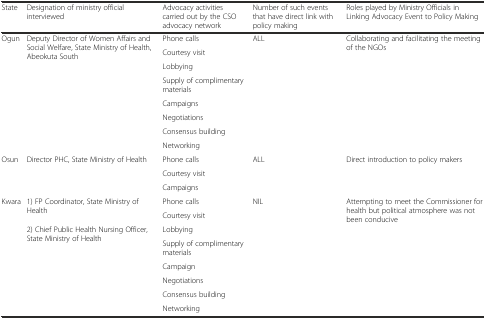
| State | Designation of ministry official interviewed | Advocacy activities carried out by the CSO advocacy network | Number of such events that have direct link with policy making | Roles played by Ministry Officials in Linking Advocacy Event to Policy Making |
 | --- | --- | --- | --- | --- |
 | <ROWSPAN=8> Ogun | <ROWSPAN=8> Deputy Director of Women Affairs and Social Welfare, State Ministry of Health, Abeokuta South | Phone calls | <ROWSPAN=8> ALL | <ROWSPAN=8> Collaborating and facilitating the meeting of the NGOs |
 | Courtesy visit |
 | Lobbying |
 | Supply of complimentary materials |
 | Campaigns |
 | Negotiations |
 | Consensus building |
 | Networking |
 | <ROWSPAN=3> Osun | <ROWSPAN=3> Director PHC, State Ministry of Health | Phone calls | <ROWSPAN=3> ALL | <ROWSPAN=3> Direct introduction to policy makers |
 | Courtesy visit |
 | Campaigns |
 | <ROWSPAN=8> Kwara | <ROWSPAN=2> 1) FP Coordinator, State Ministry of Health | Phone calls | <ROWSPAN=8> NIL | <ROWSPAN=8> Attempting to meet the Commissioner for health but political atmosphere was not been conducive |
 | Courtesy visit |
 | <ROWSPAN=6> 2) Chief Public Health Nursing Officer, State Ministry of Health | Lobbying |
 | Supply of complimentary materials |
 | Campaign |
 | Negotiations |
 | Consensus building |
 | Networking |